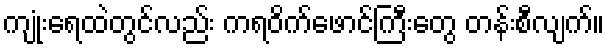
ကျုံးရေထဲတွင်လည်း ကရဝိက်ဖောင်ကြီးတွေ တန်းစီလျက်။